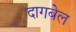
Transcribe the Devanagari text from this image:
दागबेल